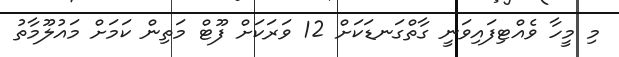
މި މީހާ ވެއްޓިފައިވަނީ ގާތްގަނޑަކަށް 12 ވަރަކަށް ފޫޓް މަތިން ކަމަށް މައުލޫމާތު